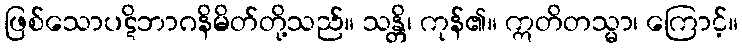
ဖြစ်သောပဋိဘာဂနိမိတ်တို့သည်။ သန္တိ၊ ကုန်၏။ ဣတိတသ္မာ၊ ကြောင့်။